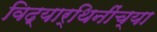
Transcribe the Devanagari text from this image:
विद्यार्थिनींच्या